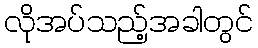
လိုအပ်သည့်အခါတွင်